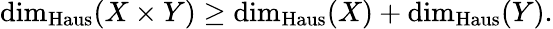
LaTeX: \dim_{\operatorname{Haus}}(X\times Y)\geq\dim_{\operatorname{Haus}}(X)+\dim_{\operatorname{Haus}}(Y).